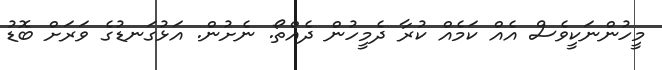
މީހުންނަކީވެސް އެއް ކަމެއް ކުރާ ދެމީހުން ދެއްތޯ. ނެށުން. އަޅުގަނޑުގެ ވަރަށް ބޮޑު